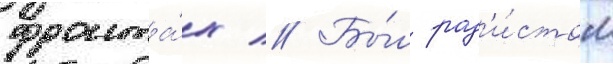
фронта́х // Бы́л рад'и́стом